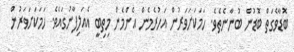
ބޮޑާވެގަތް ބޮޑުން ބުނާނެތެވެ. ހަމަކަށަވަރުން އަހުރެމެން އެންމެން މިތިބީ އެއަލިފާނުގައެވެ. ހަމަކަށަވަރުން